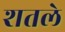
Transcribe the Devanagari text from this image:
शतले